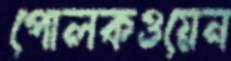
পোলকওয়েন